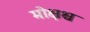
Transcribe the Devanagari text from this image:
मोक्षश्च